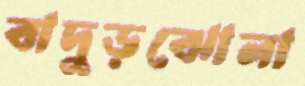
বাদুড়ঝোলা